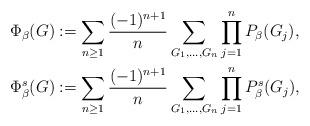
LaTeX: \begin{align*}\Phi_\beta(G)&:=\sum_{n\ge 1} \frac{(-1)^{n+1}}{n}\sum_{G_1,\ldots,G_n}\prod_{j=1}^nP_\beta(G_j),\\\Phi^s_\beta(G)&:=\sum_{n\ge 1} \frac{(-1)^{n+1}}{n}\sum_{G_1,\ldots,G_n}\prod_{j=1}^nP^s_\beta(G_j),\end{align*}